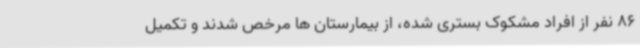
86 نفر از افراد مشکوک بستری شده، از بیمارستان ها مرخص شدند و تکمیل